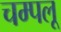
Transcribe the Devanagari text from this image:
चम्पलू